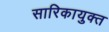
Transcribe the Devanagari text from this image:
सारिकायुक्त